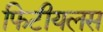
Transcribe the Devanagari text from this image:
फिटीयलस